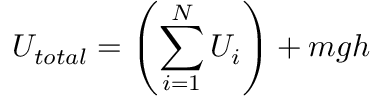
U _ { t o t a l } = \left( \sum _ { i = 1 } ^ { N } U _ { i } \right) + m g h